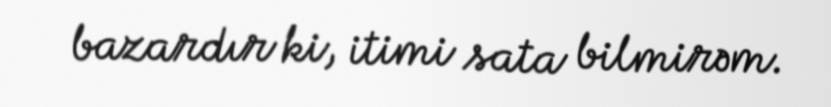
bazardır ki, itimi sata bilmirəm.